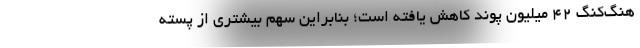
هنگ‌کنگ 42 میلیون پوند کاهش یافته است؛ بنابراین سهم بیشتری از پسته